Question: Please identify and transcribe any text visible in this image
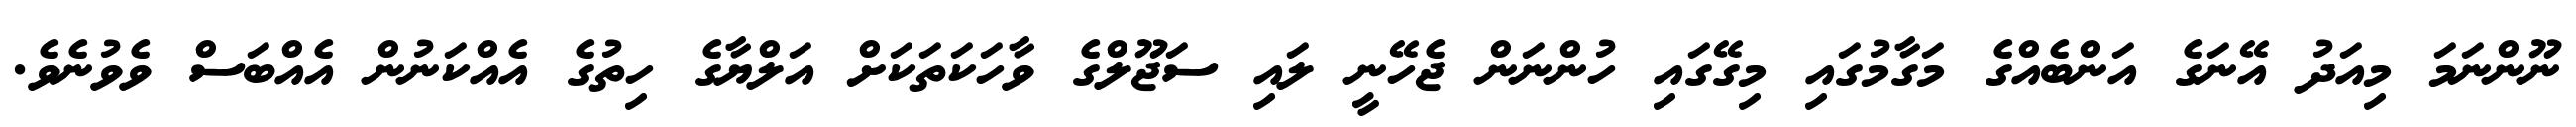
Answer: ނޫންނަމަ މިއަދު އޭނަގެ އަންބެއްގެ މަގާމުގައި މިގޭގައި ހުންނަން ޖެހޭނީ ލައި ސަޖޫލްގެ ވާހަކަތަކަށް އަލްޔާގެ ހިތުގެ އެއްކަނުން އެއްބަސް ވެވުނެވެ.